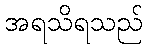
အရသိရသည်